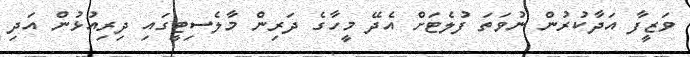
ވަޒީފާ އަދާކުރުން ނުވަތަ ފުލެޓަށް އެދޭ މީހާގެ ދަރިން މާލެސިޓީގައި ދިރިއުޅުން އަދި